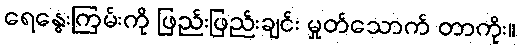
ရေနွေးကြမ်းကို ဖြည်းဖြည်းချင်း မှုတ်သောက် တာကိုး။